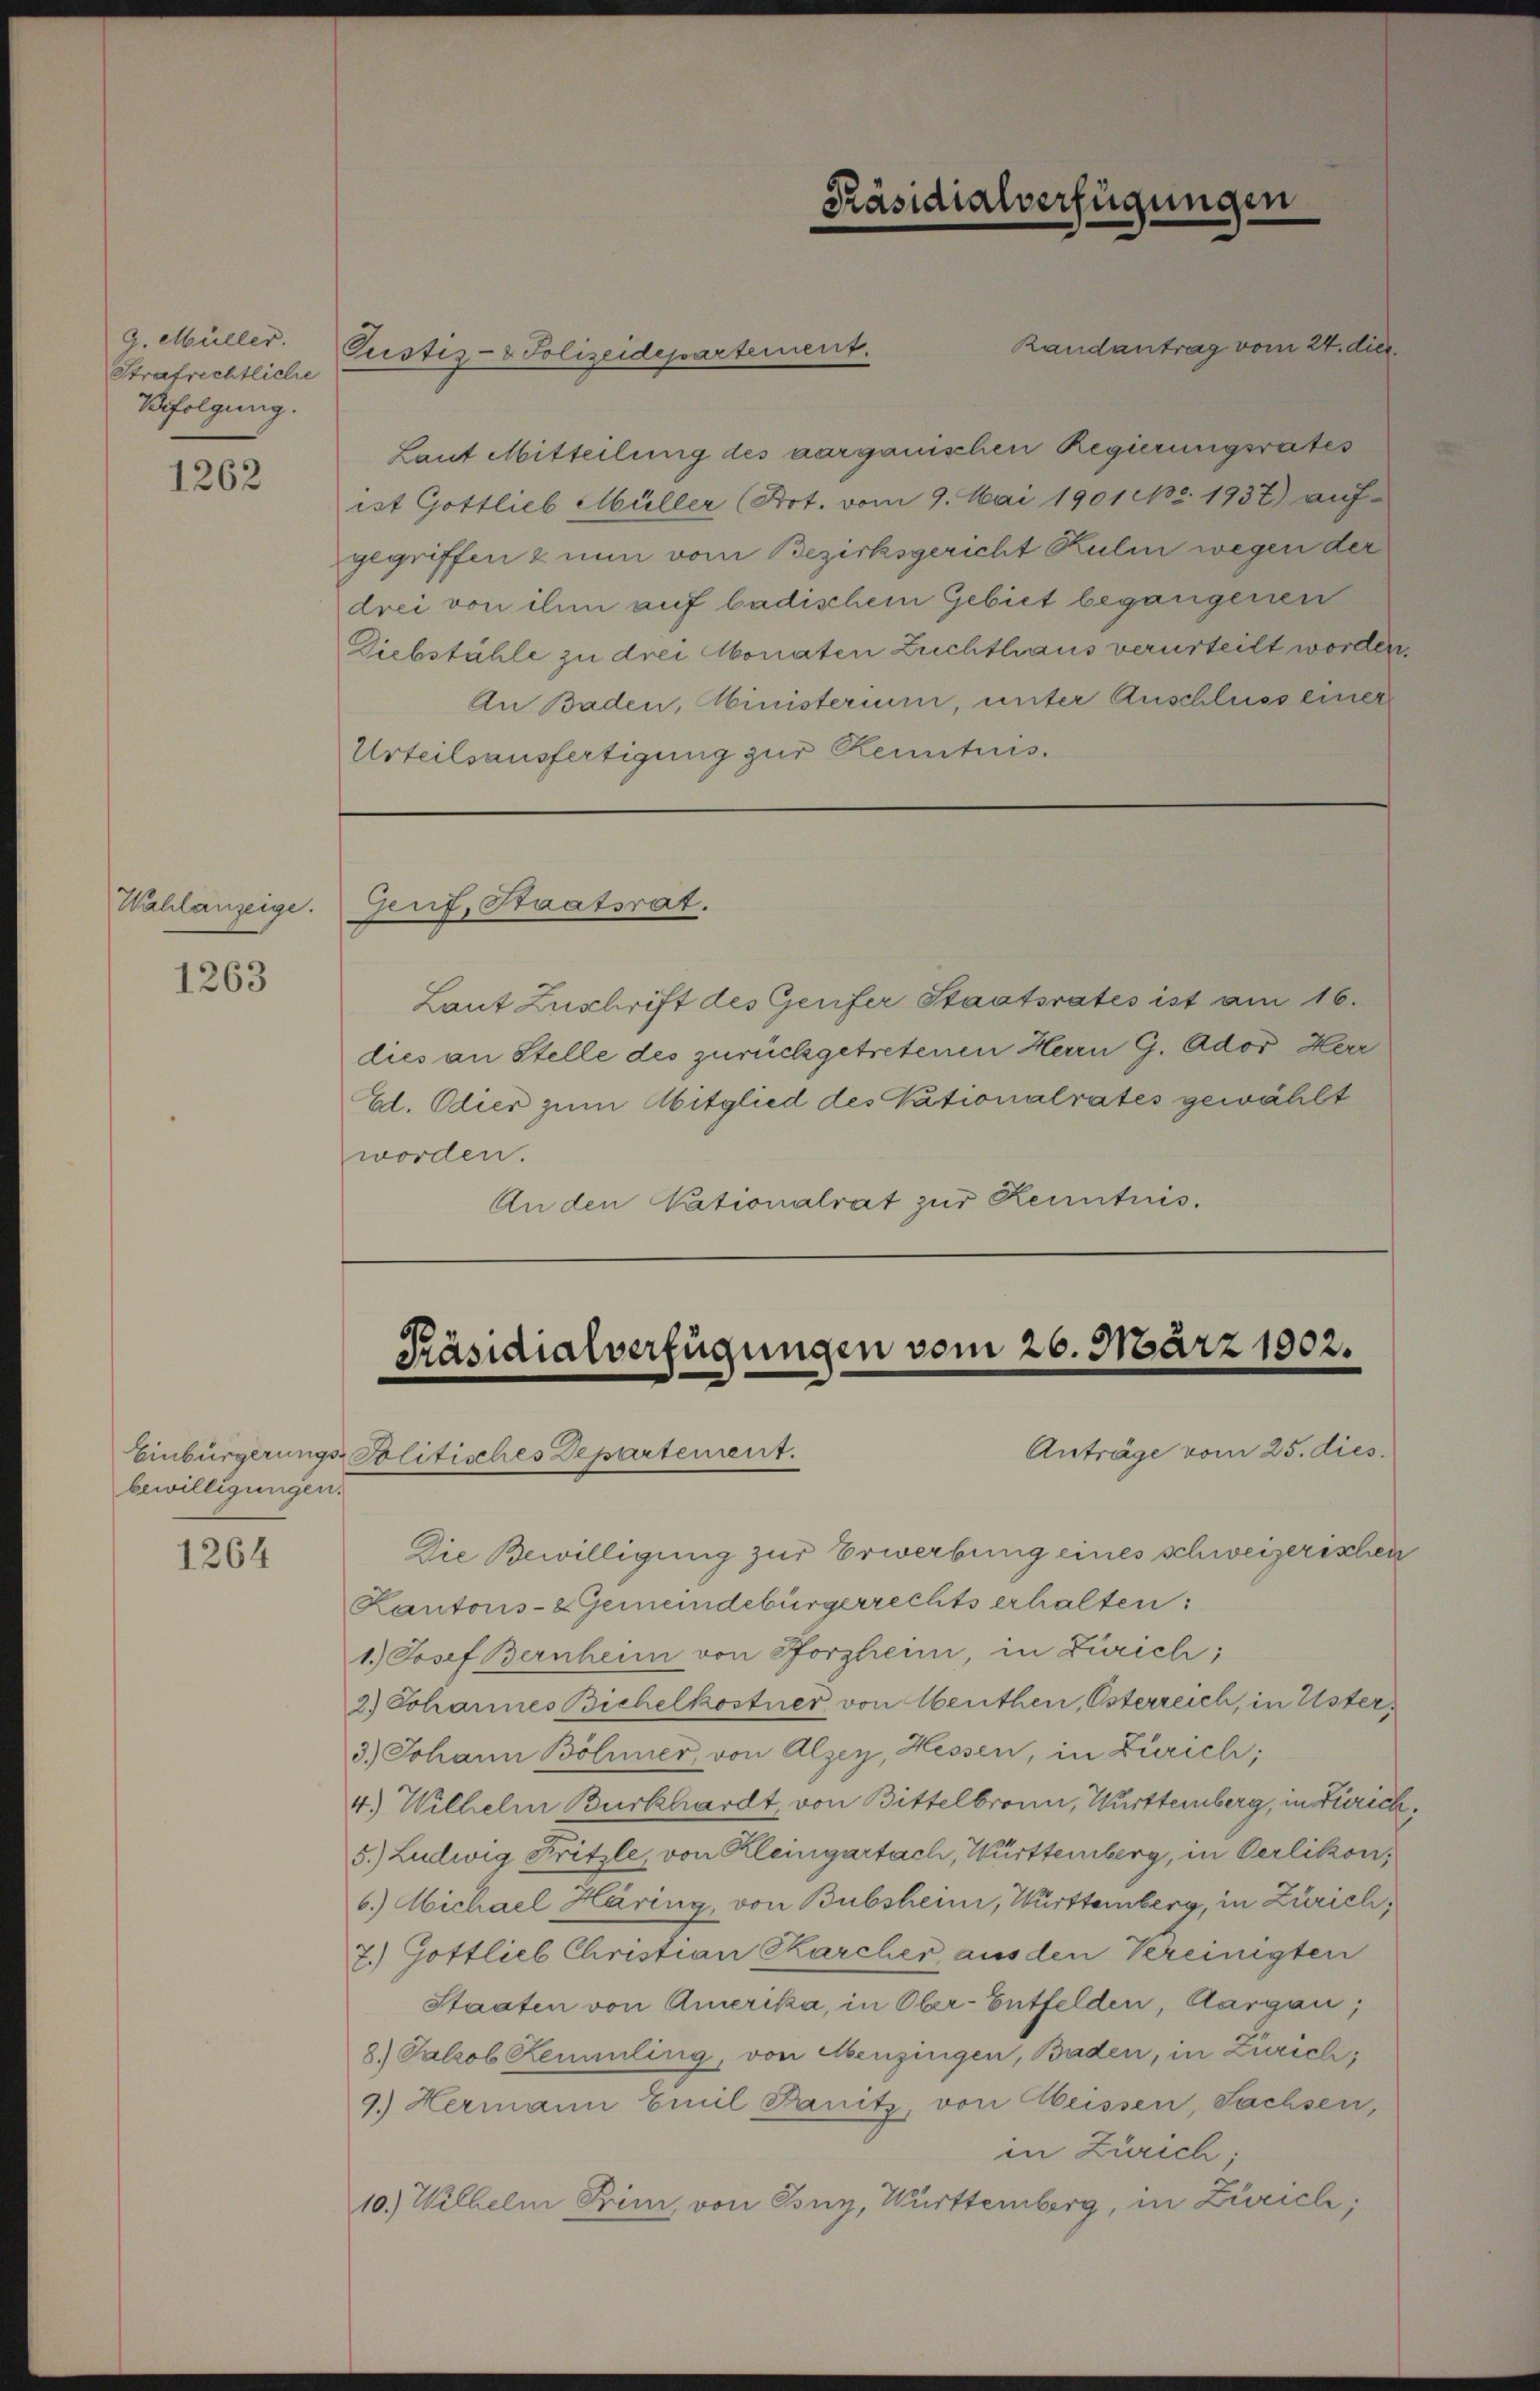
G. Müller.
Strafrechtliche
Verfolgung.

1262

Wahlanzeige.

1263

bewilligungen.

1264

Randantrag vom 24. die
Gustiz- & Polizeidepartement.
Laut Mitteilung des aarganischen Regierungsrates
ist Gottlieb Müller (Art. vom 9. Mai 1901 No. 1937) auf-
gegriffen & nun vom Bezirksgericht Rulin wegen der
drei von ihm auf badischem Gebiet begangenen
Diebstähle zu drei Monaten Zuchthaus verurteilt worden.
An Baden, Ministerium, unter Anschluss einer
Urteilsausfertigung zur Kenntnis.

Genf, Staatsrat.

Präsidialverfügungen

Laut Zuschrift des Genfer Staatsrates ist am 16.
dies an Stelle des zurückgetretenen Herrn G. Ador Herr
Ed. Odier zum Abitglied des Vationalrates gewählt
worden.
An den Nationalrat zur Renntnis.

Präsidialverfügungen vom 26. März 1902.

Anträge vom 25. dies
Einbürgerungs-Politisches Departement.
Die Bewilligung zur Erwerbung eines schweizerischen
Kantons- & Gemeindebürgerrechts erhalten:
1.) Josef Bernheim von Pforzheim, in Zürich;
2.) Johannes Bichelkostner von Abenthen, Österreich, in Uster¬
3.) Johann Böhmer, von Alzey, Hessen, in Zürich;
4.) Wilhelm Burkhardt, von Bittelbronn, Württemberg, in Zürich,
5.) Ludwig Fritzle, von Kleingartach, Württemberg, in Oerlikon,
6.) Michael Häring, von Bubsheim, Württemberg, in Zürich,
7. Gottlieb Christian Karcher, aus den Vereinigten
Staaten von Amerika, in Ober-Entfelden, Aargau,
8.) Jakob Remmling, von Menzingen, Baden, in Zürich
9.) Hermann Emil Panitz, von Weissen, Sachsen,
in Zürich
10.) Wilhelm Prim, von Iony, Württemberg, in Zürich;